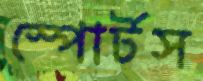
স্পোর্টস